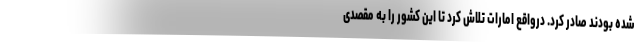
شده بودند صادر کرد. درواقع امارات تلاش کرد تا این کشور را به مقصدی